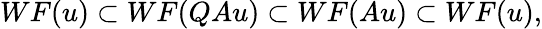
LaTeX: WF(u)\subset WF(QAu)\subset WF(Au)\subset WF(u),